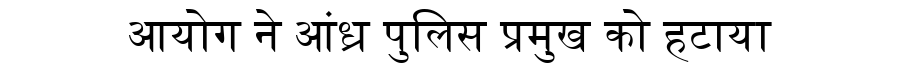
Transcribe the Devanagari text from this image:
आयोग ने आंध्र पुलिस प्रमुख को हटाया